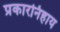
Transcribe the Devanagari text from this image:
प्रकारनिहाय